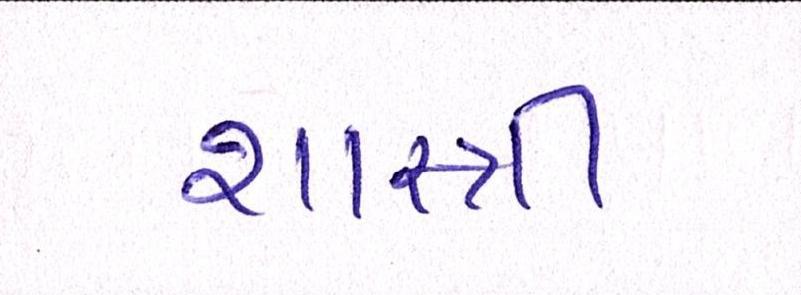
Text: શાસ્ત્રી